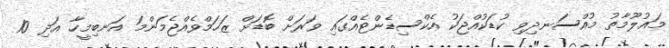
މައުލޫމާތު މުއްސަނދިވި ކުޑަކުއްޖަކު އެކްސިޑެންޓެއްގައި ވަރަށް ބޮޑަށް ޒަހަމްވެއްޖެމަންމަ އަނބިމީހާ އަދި 10